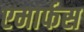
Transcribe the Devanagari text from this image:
एमार्फस